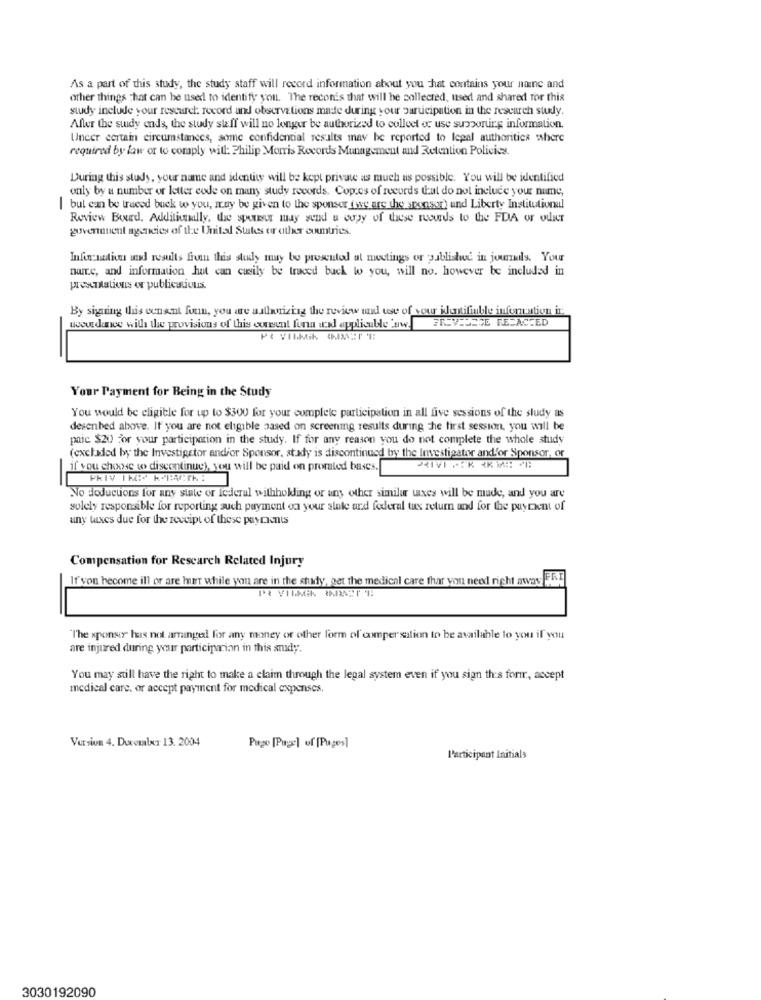
As a part of this study, the study staff will record information about you hat contains your naine and
other things that can be used to identify you. The recon's that will be collected, used and shared for this
study include your research. record and observations made during your participation in the research study.
After the study ends, the study staff will no longer be authorized to colloet or use supporting information.
Uncer certain circumstances, some confidential results may be reported to lepal authorities where
required by law or to comply will: Philip Morris Records Management and Retention Policies.
During this study, your name and identity will be kept private as much as possible. You will be identified
only by a number or letter code on many study records. Copies of records tal do not include your nume,
|but can be trueed buck to you, may be given to the sponser (we are the sponsor) and Liberty Institutionul
Review Bourd. Additionally, the sport may send u copy of these records to the FDA or odkr
govenouent agencies of the United States or other countries.
Infin:medico und results frein this study may be presented at mostings or published in journals. Your
nuire, and information hat can cuily be traced back to you, will no. however be included in
presentations or publications.
By sharing this conant foun, you are aallanizing the review und use of your identifiable information in
FREVINCE RESACEED
wwour dance with the provisions of this content fora wad applicable w.
Your Payment for Being in the Study
You would be eligible for up to $300 for your complete participation in all five sessions of the study as
desenhed above. If you are not eligible based on screening results during the first session, you will be
paic $20 for your participation in the study. If for any reason you do not complete the whole study
(excladed by the Investigator andior Sponsor, stady is discontinued by the Investigator and/or Sponsor, or
if you choose w> discontinue), you will be paid on prorated bases.
-
PRIV IN:" K"PACK:
No doductions for any state or Icderal withholding or any other similar taxes will be made, and you are
solely responsible for reporting such payment on your state and federal tax return and for the puyrent of
uny taxes due for the receipt of these paycients
Compensation for Research Related Injury
If von hecome ill or are her while ym are in the study, get the medical care thar you need right away
"The sponser has not amingel for any money or other form of compersalion to be available to you if you
are injured during your participacion in this andy.
You may still have the right to make a claim through the legal system even if you sign this form, accept
medical care, or accept payment for medical expenses.
Version 4. Ducouxr 13. 2004
Page [Page] of [Pages]
Participant Initials
3030192090